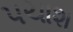
પચાશ